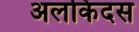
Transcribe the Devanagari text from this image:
अलकिंदस